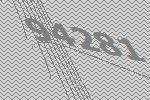
94281